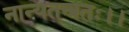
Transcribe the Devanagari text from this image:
नान्यतन्त्रतः।।